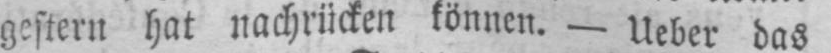
gestern hat nachrücken können. - Ueber das